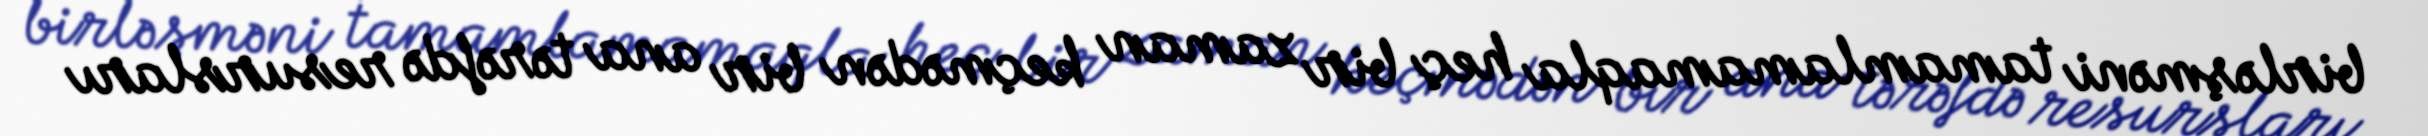
birləşməni tamamlamamaqla heç bir zaman keçmədən bir ana tərəfdə resursları